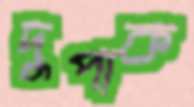
দুপাক